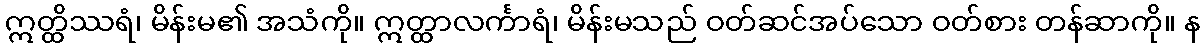
ဣတ္ထိဿရံ၊ မိန်းမ၏ အသံကို။ ဣတ္ထာလင်္ကာရံ၊ မိန်းမသည် ဝတ်ဆင်အပ်သော ဝတ်စား တန်ဆာကို။ န